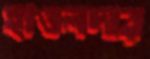
হাওলদার